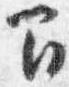
間